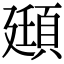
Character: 頲